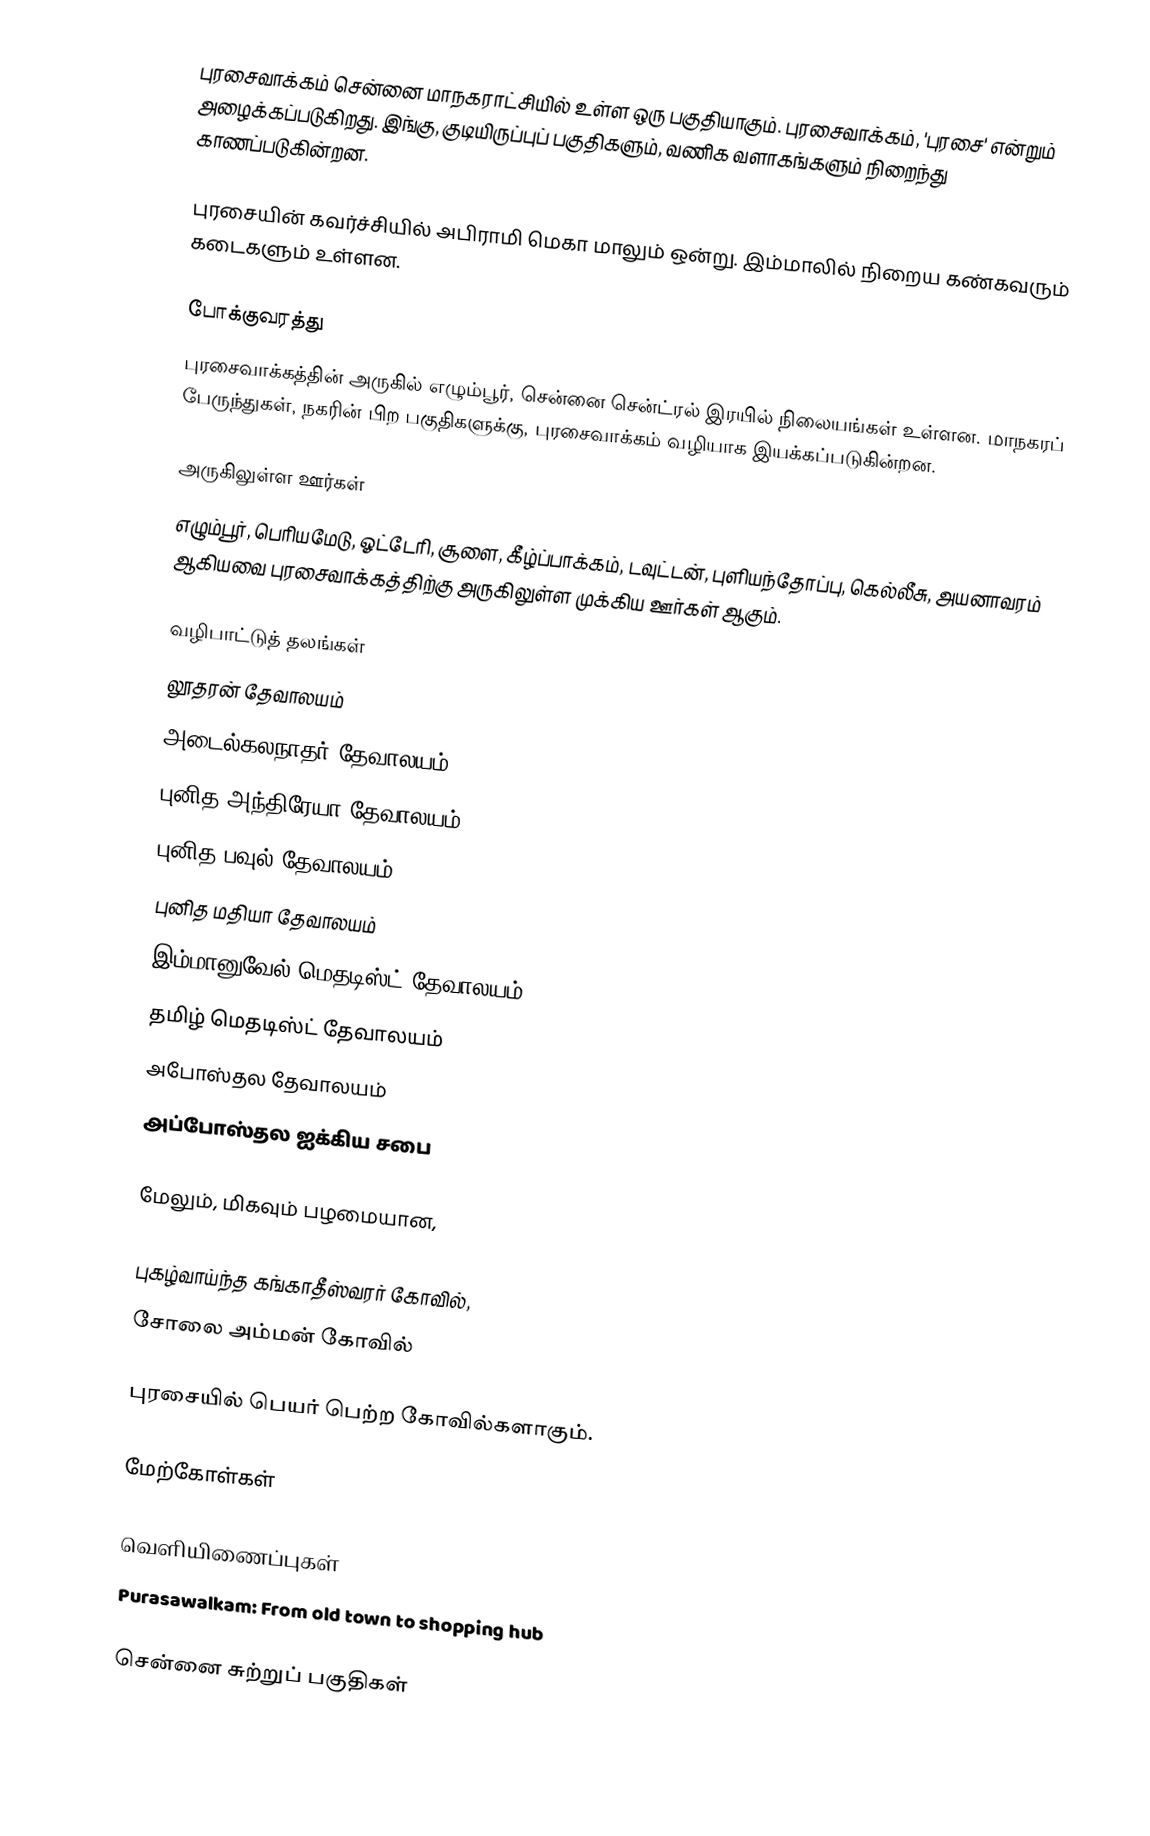
புரசைவாக்கம் சென்னை மாநகராட்சியில் உள்ள ஒரு பகுதியாகும். புரசைவாக்கம், 'புரசை' என்றும் அழைக்கப்படுகிறது. இங்கு, குடியிருப்புப் பகுதிகளும், வணிக வளாகங்களும் நிறைந்து காணப்படுகின்றன.

புரசையின் கவர்ச்சியில் அபிராமி மெகா மாலும் ஒன்று. இம்மாலில் நிறைய கண்கவரும் கடைகளும் உள்ளன.

போக்குவரத்து
புரசைவாக்கத்தின் அருகில் எழும்பூர், சென்னை சென்ட்ரல் இரயில் நிலையங்கள் உள்ளன. மாநகரப் பேருந்துகள், நகரின் பிற பகுதிகளுக்கு, புரசைவாக்கம் வழியாக இயக்கப்படுகின்றன.

அருகிலுள்ள ஊர்கள்
எழும்பூர், பெரியமேடு, ஓட்டேரி, சூளை, கீழ்ப்பாக்கம், டவுட்டன், புளியந்தோப்பு, கெல்லீசு, அயனாவரம் ஆகியவை புரசைவாக்கத்திற்கு அருகிலுள்ள முக்கிய ஊர்கள் ஆகும்.

வழிபாட்டுத் தலங்கள்
லூதரன்  தேவாலயம்
அடைல்கலநாதர் தேவாலயம்
புனித அந்திரேயா தேவாலயம்
புனித பவுல் தேவாலயம்
புனித மதியா தேவாலயம்
இம்மானுவேல் மெதடிஸ்ட் தேவாலயம்
தமிழ் மெதடிஸ்ட் தேவாலயம்
அபோஸ்தல தேவாலயம்
அப்போஸ்தல ஐக்கிய சபை

மேலும், மிகவும் பழமையான,

புகழ்வாய்ந்த கங்காதீஸ்வரர் கோவில்,
சோலை அம்மன் கோவில்

புரசையில் பெயர் பெற்ற கோவில்களாகும்.

மேற்கோள்கள்

வெளியிணைப்புகள்
Purasawalkam: From old town to shopping hub

சென்னை சுற்றுப் பகுதிகள்